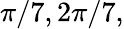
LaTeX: \pi/7,2\pi/7,